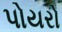
પોયરો